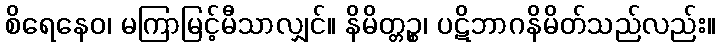
စိရေနေဝ၊ မကြာမြင့်မီသာလျှင်။ နိမိတ္တဉ္စ၊ ပဋိဘာဂနိမိတ်သည်လည်း။